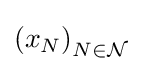
\left(x_{N}\right)_{N\in {\mathcal {N}}}